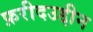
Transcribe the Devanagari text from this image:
फ़रीदउद्दीन